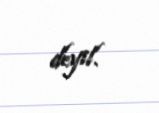
deyil.